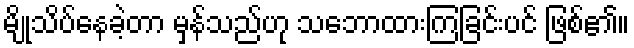
မျိုသိပ်နေခဲ့တာ မှန်သည်ဟု သဘောထားကြခြင်းပင် ဖြစ်၏။